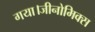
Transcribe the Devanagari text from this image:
गया।जीनोमिक्स